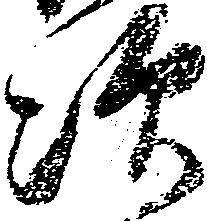
次